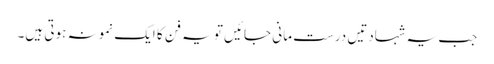
جب یہ شہادتیں درست مانی جائیں تو یہ فن کا ایک نمونہ ہوتی ہیں۔